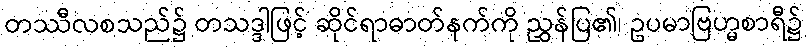
တဿီလစသည်၌ တသဒ္ဒါဖြင့် ဆိုင်ရာဓာတ်နက်ကို ညွှန်ပြ၏၊ ဥပမာဗြဟ္မစာရီ၌